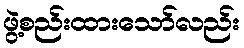
ဖွဲ့စည်းထားသော်လည်း